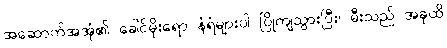
အဆောက်အအုံ၏ ခေါင်မိုးရော နံရံများပါ ပြိုကျသွားပြီး၊ မီးသည် အခုထိ